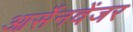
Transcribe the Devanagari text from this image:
आर्सेनवेंजर